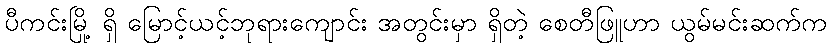
ပီကင်းမြို့ ရှိ မြောင့်ယင့်ဘုရားကျောင်း အတွင်းမှာ ရှိတဲ့ စေတီဖြူဟာ ယွမ်မင်းဆက်က